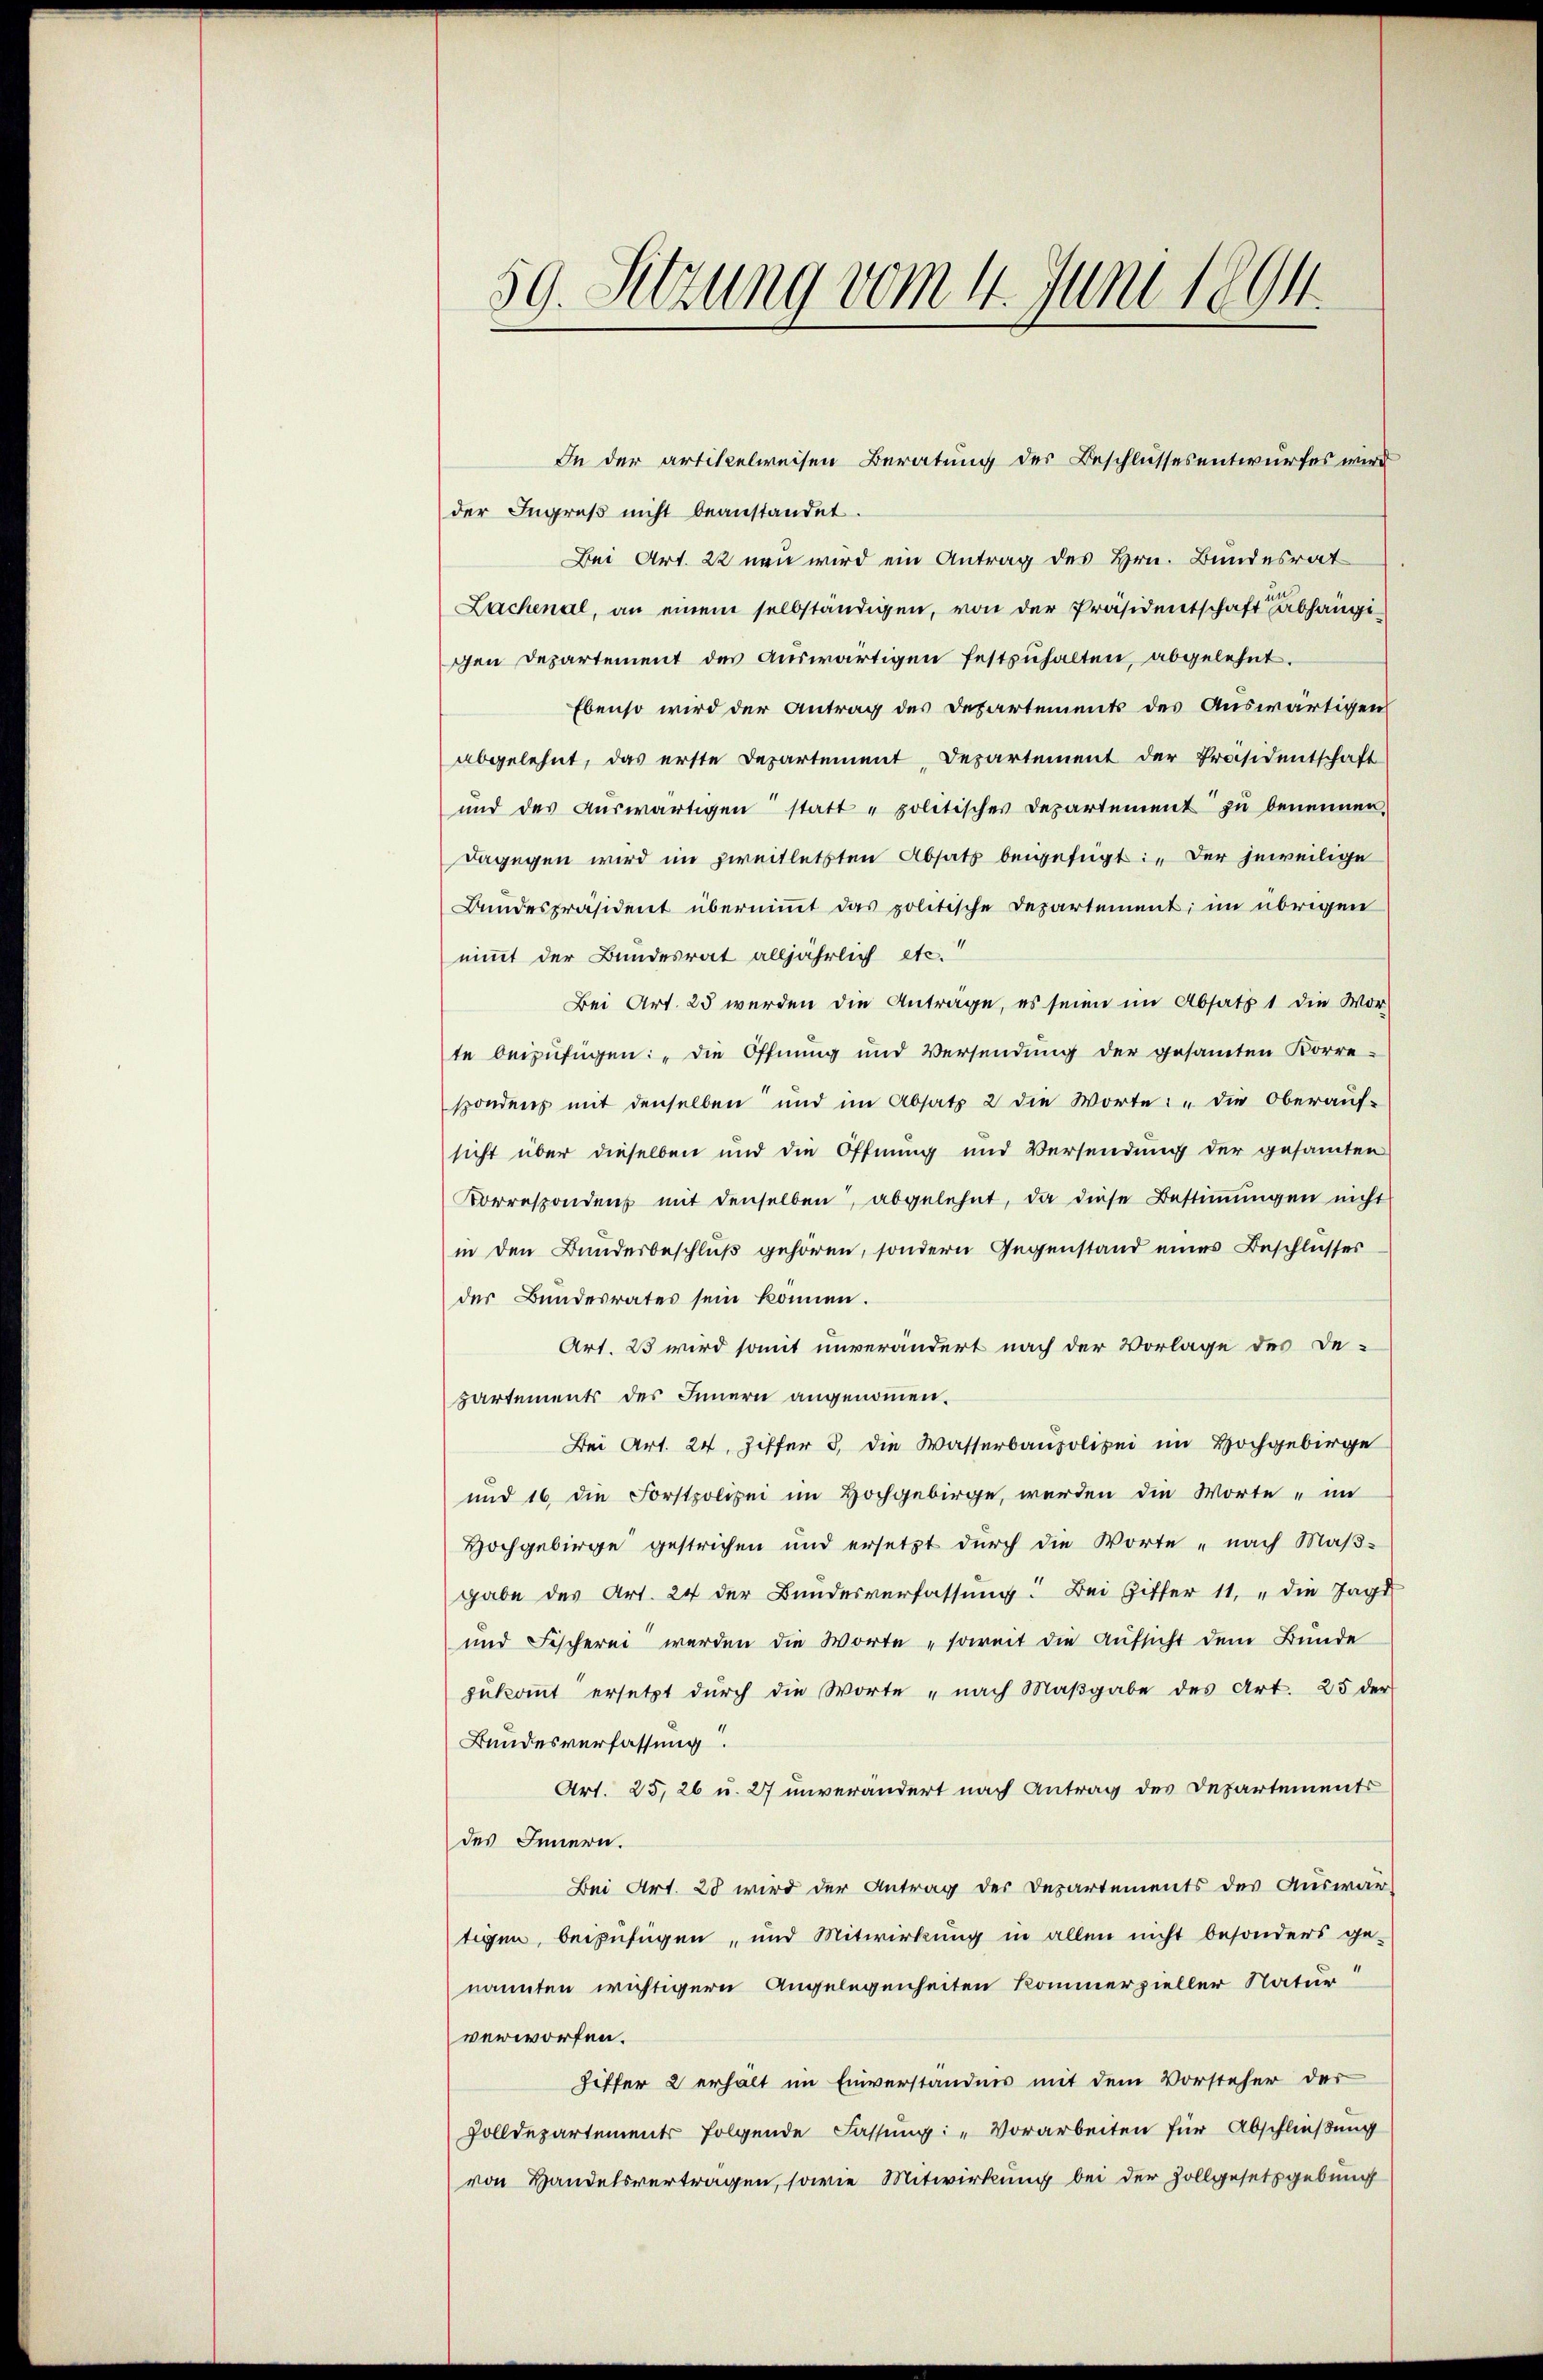
59. Sitzung vom 4. Juni 1894.

der Ingruß nicht beanstandet.
Bei Art. 22 neu wird ein Antrag des Hrn. Bundesrat
Lachenal, an einem selbständigen, von der Präsidentschaft abhängigen Departement des auswärtigen festzuhalten, abgelehnt.
Ebenso wird der Antrag des Departements des Auswärtigen
abgelehnt, das erste Departement, Departement der Präsidentschaft
ŭnd des Aŭswärtigen statt „politisches Departement zŭ benennen.
dagegen wird im zweitletzten Absatz beigefügt: „Der jeweilige
Bundespräsident übernimmt das politische Departement; im übrigen
nimmt der Bundesrat alljährlich etc.“
Bei Art. 25 werden die Antrage, es seien im Absatz 1 die Vor-
te beizufügen: „Die Öffnung und Versendung der gesamten Korre-
spondens mit denselben und im Absatz 2 die Worte: „die Oberauf-
sicht über dieselben und die Öffnung und Versendung der gesamten
Korresponden mit denselben, abgelehnt, da diese Bestiṁŭngen nicht
in den Bundesbeschluß gehören, sondern Gegenstand eines Beschlusses
der Bundesrates sein können.
Art. 23 wird somit unverändert nach der Vorlage des De-
partements des Innern angenommen.
Bei Art. 24. Ziffer 3. die Wasserbaupolizei im Hochgebirge
und 16 die Forstpolizei im Hochgebirge, werden die Worte „in
Hochgebirge gestrichen und ersetzt durch die Worte „nach Maβ-
gabe des Art. 24 der Bundesverfassung: Bei Gitter 11, "die Jagd
und Fischerei werden die Worte „soweit die Aufsicht dem Bunde
zukommt ersetzt durch die Worte „nach Maβgabe des Art. 25 der
Bundesverfassung.
Art. 25, 26 u. 27 unverändert nach Antrag des Departements
des Innern.
Bei Art. 28 wird der Antrag der Departements des Auswär-
tigen, beizufügen, und Mitwirkung in allen nicht besonders ge-
nannten wichtigern Angelegenheiten kommerzieller Natur!
verworfen.
Ziffer 2 erhält im Einverständnis mit dem Vorsteher der
Zolldepartements folgende Fassung: „Vorarbeiten für Abschließung
von Handelsvertragen, sowie Mitwirkung bei der Zollgesetzgebung

In der artikelweisen Beratung der Beschlussesentwurfes wird